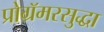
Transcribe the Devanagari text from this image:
प्रोग्रॅमरसुद्धा